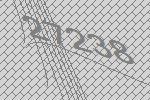
27238